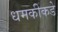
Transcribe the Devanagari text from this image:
धमकीकडे